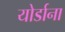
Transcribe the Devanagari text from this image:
योर्डाना